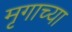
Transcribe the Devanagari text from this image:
मृगाच्या